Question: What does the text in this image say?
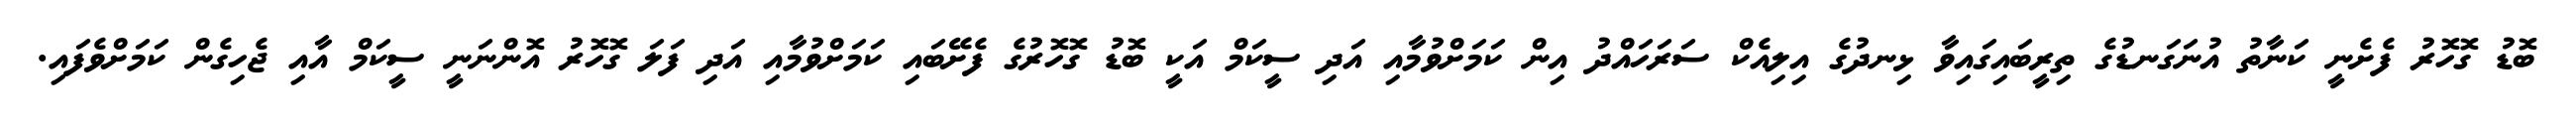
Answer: ބޮޑު ގޮހޮރު ފެށެނީ ކަނާތު އުނަގަނޑުގެ ތިރީބައިގައިވާ ޅިނދުގެ އިލިއެކް ސަރަހައްދު އިން ކަމަށްވުމާއި އަދި ސީކަމް އަކީ ބޮޑު ގޮހޮރުގެ ފެށޭބައި ކަމަށްވުމާއި އަދި ފަލަ ގޮހޮރު އޮންނަނީ ސީކަމް އާއި ޖެހިގެން ކަމަށްވެފައި.